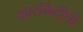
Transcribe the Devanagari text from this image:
कारकिदीची